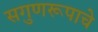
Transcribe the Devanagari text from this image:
सगुणरूपाचे